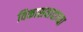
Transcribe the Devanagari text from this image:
विकासवादाच्या